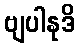
ဗျပါနုဒိ